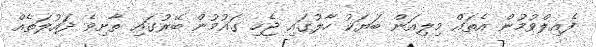
ފެއިލްވުމުން އެތައް މިލިއަން ބަޔަކު ހާލުގައި ޖެހި ގައުމުން ބޭރުގައި ތާށިވެ ދައުލަތެއް